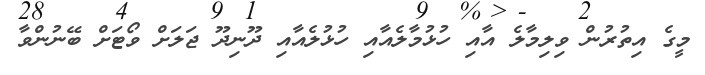
މީގެ އިތުރުން ވިލިމާލެ އާއި ހުޅުމާލެއާއި ހުޅުލެއާއި ދޫނިދޫ ޖަލަށް ވޯޓަށް ބޭނުންވާ